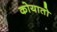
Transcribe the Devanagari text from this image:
कोयातो